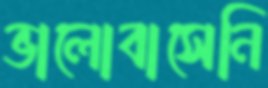
ভালোবাসেনি